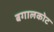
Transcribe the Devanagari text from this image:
बगालकोट